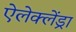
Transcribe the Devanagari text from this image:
ऐलेक्लेंड्रा